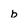
Character: b